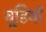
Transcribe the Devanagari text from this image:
चूडि़यों